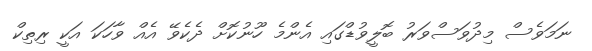
ނަމަވެސް މިދުވަސްވަރު ބޮލީވުޑްގައި އެންމެ ހޫނުކޮށް ދެކެވޭ އެއް ވާހަކަ އަކީ ރިތިކް